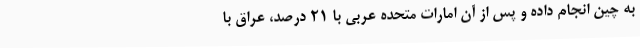
به چین انجام داده و پس از آن امارات متحده عربی با 21 درصد، عراق با